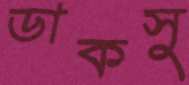
ডাকসু